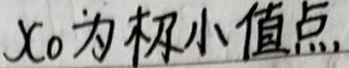
$x_0$为极小值点.